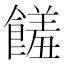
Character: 饈